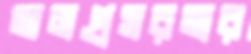
অনগ্রসরতার